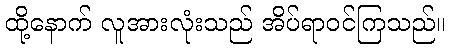
ထို့နောက် လူအားလုံးသည် အိပ်ရာဝင်ကြသည်။